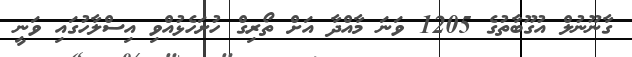
ގާނޫނުލް އުގޫބާތުގެ 1205 ވަނަ މާއްދާ އަށް ތޯރިގް ހުށަހެޅުއްވި އިސްލާހުގައި ވަނީ